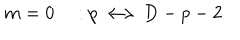
m = 0 \quad : p \longleftrightarrow D - p - 2